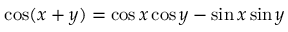
\cos ( x + y ) = \cos x \cos y - \sin x \sin y